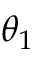
\theta _ { 1 }